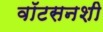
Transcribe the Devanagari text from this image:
वॉटसनशी